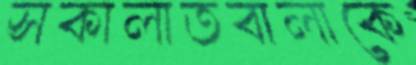
সকালাতবালাকে